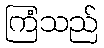
ကြံသည်